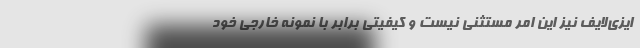
ایزی‌لایف نیز این امر مستثنی نیست و کیفیتی برابر با نمونه خارجی خود